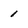
Character: 1